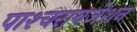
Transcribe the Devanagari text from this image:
पाश्‍चरायजेशन